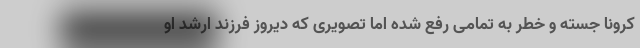
کرونا جسته و خطر به تمامی رفع شده اما تصویری که دیروز فرزند ارشد او